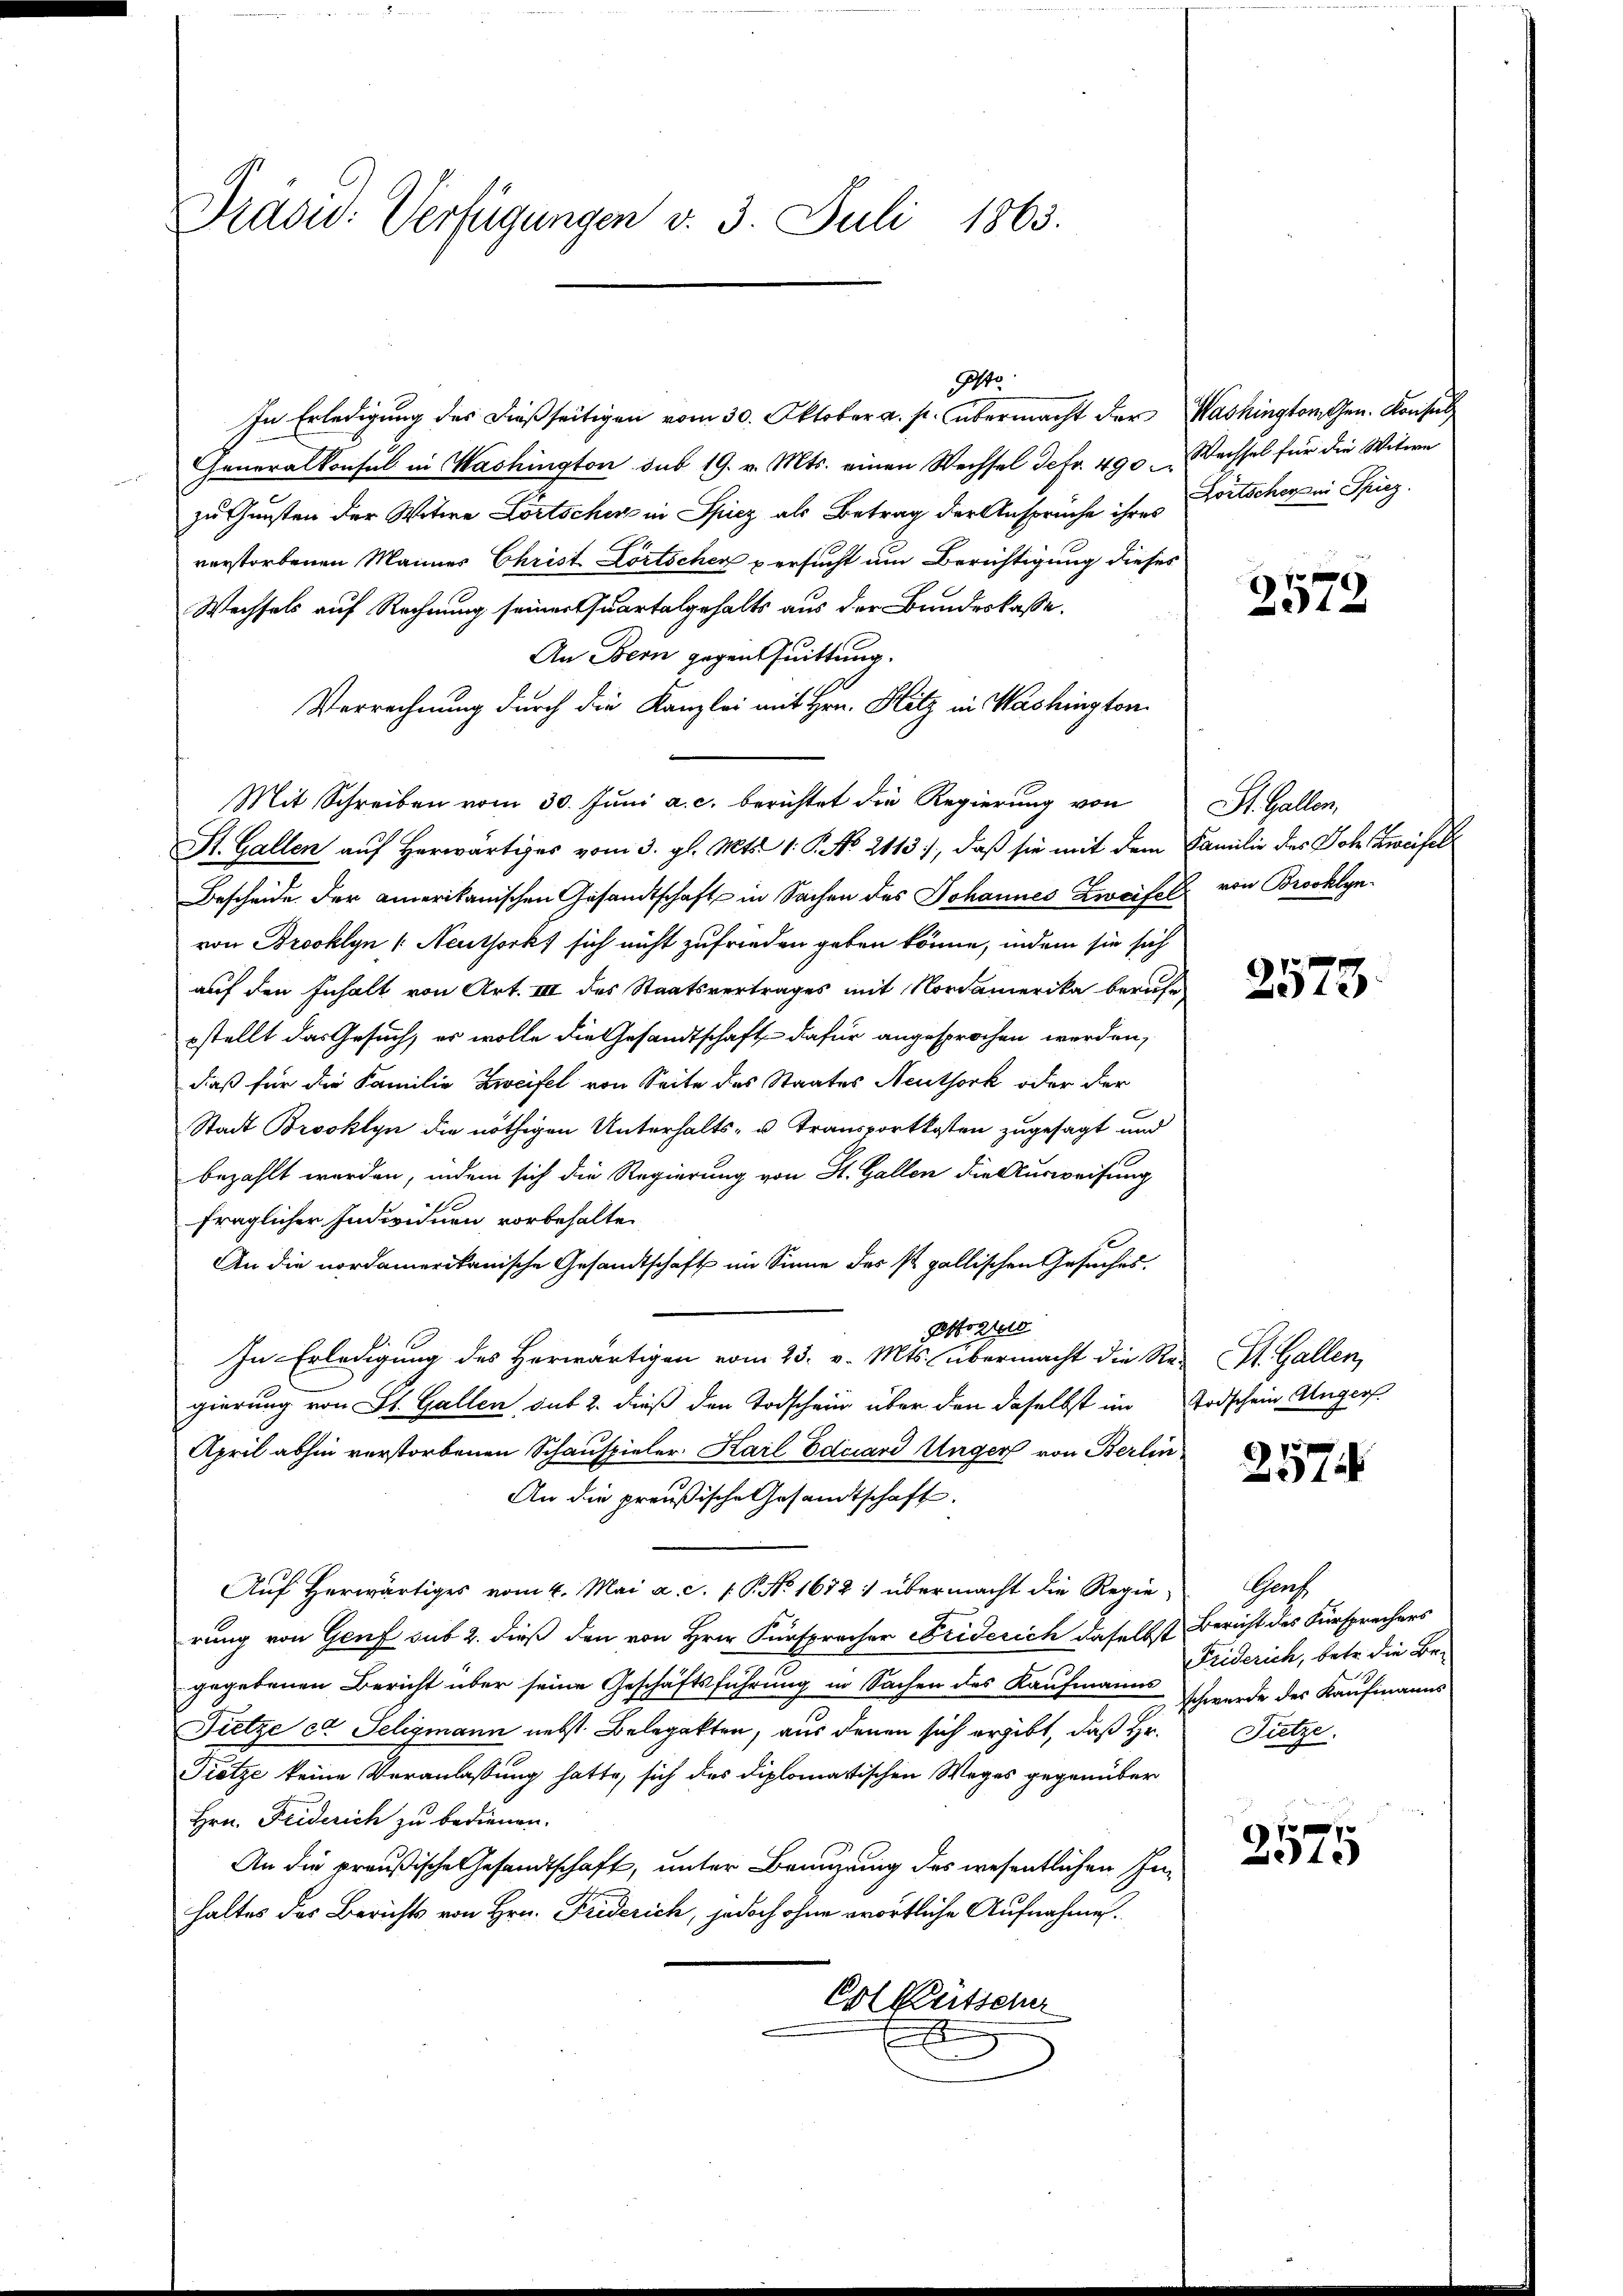
Pradid: Verfügungen v. 3. Juli 1863.

In Erledigung des dießseitigen vom 30. Oktober a. p. übermacht der Washington Gen. Konsul,
Generalkonsul in Washington sub 19. v. Mts. einen Wechsel defr. 490.
zu Gunsten der Witwe Lortscher in Spiez als Betrag der Ansprüche ihres
verstorbenen Mannes Christ Lörtscher versucht am Berichtigung dieses
Wechsels auf Rechnung seiner Quartalgehalts aus der Bundeskasse.
An Bern gegen Quittung.
Verrechnung durch die Kanzlei mit Hrn. Hitz in Washington
Mit Schreiben vom 30. Jŭni a. c. berichtet die Regierung von
St. Gallen auf Herwärtiges vom 3. gl. Mts. 1. P. NNo. 2113), daß sie mit dem Familie des Joh. Zweifel
Bescheide. Der amerikanischen Gesandtschaft in Sachen des Johannes Zweifel von Brooklynvon Brooklyn /: Neuthork sich nicht zufrieden geben könne, indem sie sich
auf den Inhalt von Art. III des Staatsvertrages mit Nordamerika berufe
estellt das Gesuch, er wolle die Gesandtschaft dafür angesprochen werden,
daß für die Familie Zweifel von Seite des Staates Neuthork oder der
Stadt Brooklyn die nöthigen Unterhalts- u. Transportkosten zugesagt und
bezahlt werden, indem sich die Regierung von St. Gallen die Ausweisung
fraglicher Individuen, vorbehalten
An die nordamerikanische Gesandtschaft im Sinne der st. gallischen Gesuches.
Ptozio
In Erledigung des Herwärtigen vom 23. v. Mts. übermacht die Re- St. Gallen,
gierung von St. Gallen, sub 2. dieß den Todschung über den daselbst im Todschein Angers
April abhin verstorbenen Schauspieler Karl Eduard Unger von Berlin
An die preußische Gesandtschaft.
Auf Herwärtiges vom 4. Mai a. c. 1. P. No 1672) übermacht die Regierung von Genf sub 2. dieß den von Hrn. Fürspracher Friderich daselbst Bericht des Fürsprechers
gegebenen Bericht über seine Geschäftsführung in Sachen des Kaufmanns schwerde des Kaufmanns
Fietze ca Seligmann nebst Belegatten, aus denen sich ergibt, daß Hr.
Pretze keine Veranlassung hatte, sich des diplomatischen Weges gegenüber
Hrn. Friderich zu bedienen.
An die preußische Gesandtschaft, unter Benuzung des wesentlichen Inhaltes des Berichts von Hrn. Friderich, jedoch ohne erörtliche Aufnahmen.
Colkutscher

1240

Wechsel für die Witwe
Fortscheren Spiez.

2579

St. Gallen.

2573.

257

Genz
Friderich, betr. die Be¬
Füetze.

97
375